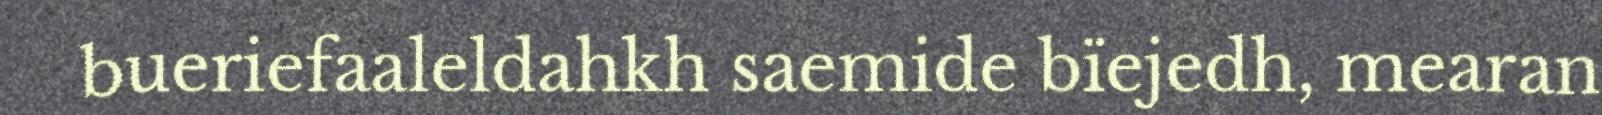
bueriefaaleldahkh saemide bïejedh, mearan